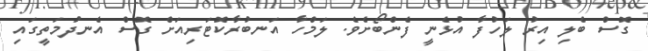
ގޮސް ބެލި އިރު ލަހުފާ އުޅެނީ ފެންބޯށެވެ. ލަމްހާ އަނބުރާކޮޓަރިއަށް ގޮސް އެނދުމަތީގައި